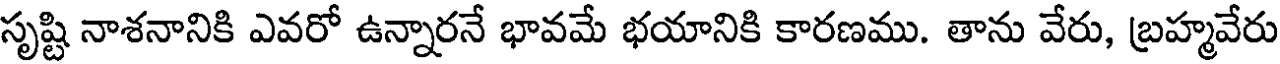
సృష్టి నాశనానికి ఎవరో ఉన్నారనే భావమే భయానికి కారణము. తాను వేరు, బ్రహ్మవేరు